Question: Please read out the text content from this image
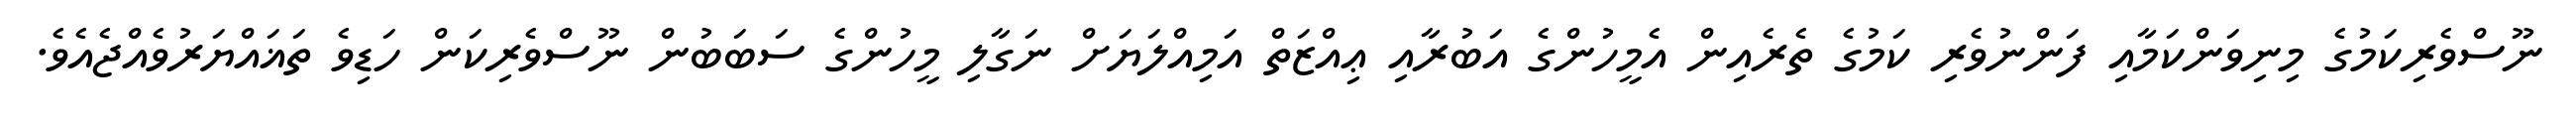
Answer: ނޫސްވެރިކަމުގެ މިނިވަންކަމާއި ފަންނުވެރި ކަމުގެ ތެރެއިން އެމީހުންގެ އަބުރާއި ޢިއްޒަތް އަމިއްލަޔަށް ނަގާލި މީހުންގެ ސަބަބުން ނޫސްވެރިކަން ހަޑިވެ ތަޣައްޔަރުވެއްޖެއެވެ.